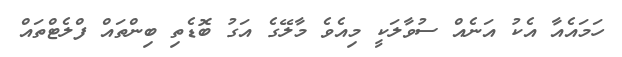
ހަމައެއާ އެކު އަނެއް ސުވާލަކީ މިއެވެ މާލޭގެ އަގު ބޮޑެތި ބިންތައް ފްލެޓްތައް